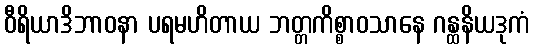
ဝီရိယာဒိဘာဝနာ ပရမဟိတာယ ဘတ္တကိစ္စာဝသာနေ ဂန္ထနိယဒုကံ